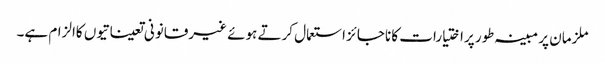
ملزمان پر مبینہ طور پراختیارات کا ناجائز استعمال کرتے ہوئے غیرقانونی تعیناتیوں کاالزام ہے۔